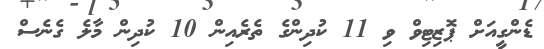
ޑެންގީއަށް ޕޮޒިޓިވް ވި 11 ކުދިންގެ ތެރެއިން 10 ކުދިން މާލެ ގެނެސް